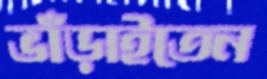
ভাঁড়াইতেন